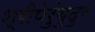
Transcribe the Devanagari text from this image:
श्रीपेरुंबुदुर